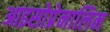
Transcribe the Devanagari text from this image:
आइसोप्रेनालिन